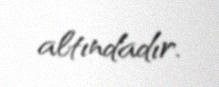
altındadır.